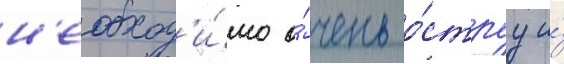
н'еобход'и́мо о́чень о́струу и́